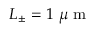
L _ { \pm } = 1 \mathrm { ~ } \mu \mathrm { ~ m ~ }